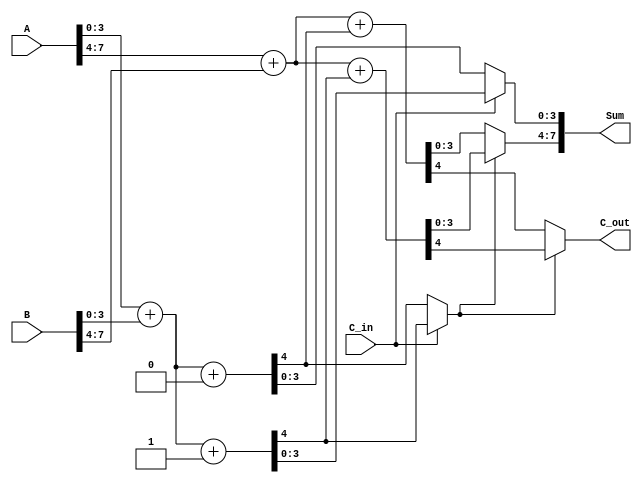
module CarrySelectAdder (
    input [7:0] A,
    input [7:0] B,
    input C_in,
    output [7:0] Sum,
    output C_out
);

    // Segment size
    localparam SEG_SIZE = 4;

    // Intermediate signals for partial sums and carries
    wire [SEG_SIZE-1:0] S0_0, S0_1, S1_0, S1_1; // Partial sums for segment 0 and 1
    wire C0_0, C0_1, C1_0, C1_1; // Carry outs for segment 0 and segment 1

    // Segment 0 calculations
    assign {C0_0, S0_0} = A[SEG_SIZE-1:0] + B[SEG_SIZE-1:0] + 1'b0; // C_in = 0
    assign {C0_1, S0_1} = A[SEG_SIZE-1:0] + B[SEG_SIZE-1:0] + 1'b1; // C_in = 1

    // Segment 1 calculations
    assign {C1_0, S1_0} = A[7:SEG_SIZE] + B[7:SEG_SIZE] + C0_0; // C_in from segment 0 (C0_0)
    assign {C1_1, S1_1} = A[7:SEG_SIZE] + B[7:SEG_SIZE] + C0_1; // C_in from segment 0 (C0_1)

    // MUX for Segment 0 outputs
    wire [SEG_SIZE-1:0] S0;
    wire C0;
    assign S0 = (C_in) ? S0_1 : S0_0;
    assign C0 = (C_in) ? C0_1 : C0_0;

    // MUX for Segment 1 outputs
    assign Sum[7:SEG_SIZE] = (C0) ? S1_1 : S1_0;
    assign C_out = (C0) ? C1_1 : C1_0;

    // Final Sum
    assign Sum[SEG_SIZE-1:0] = S0;

endmodule